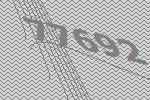
77692